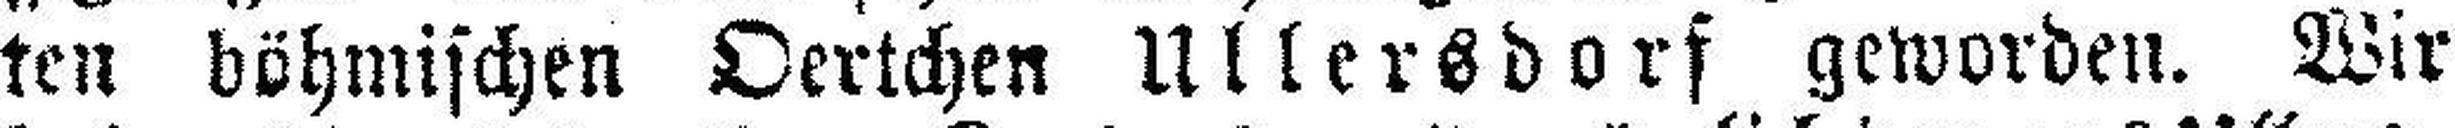
ten böhmischen Oertchen Ullersdorf geworden. Wir